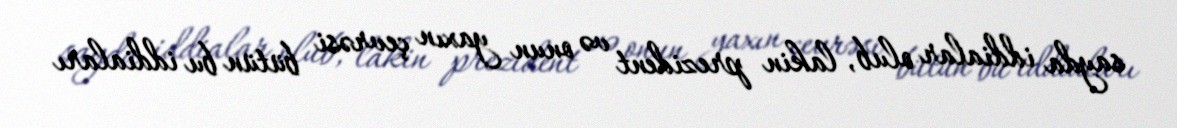
sayda iddialar olub, lakin prezident və onun yaxın çevrəsi bütün bu iddiaları